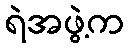
ရဲအဖွဲ့က